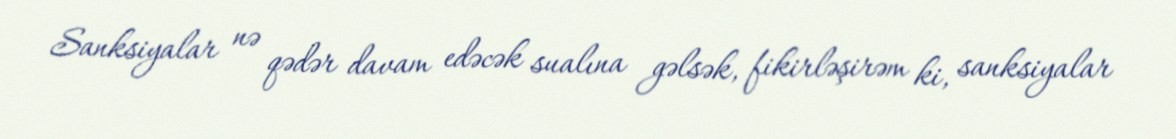
Sanksiyalar nə qədər davam edəcək sualına gəlsək, fikirləşirəm ki, sanksiyalar